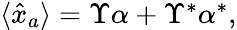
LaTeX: \begin{array}{r}{\langle\hat{x}_{a}\rangle=\Upsilon\alpha+\Upsilon^{\ast}\alpha^{\ast},}\end{array}